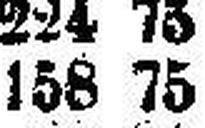
158 75